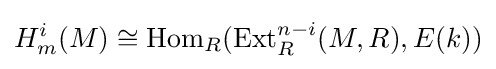
H_{m}^{i}(M)\cong \operatorname {Hom} _{R}(\operatorname {Ext} _{R}^{n-i}(M,R),E(k))